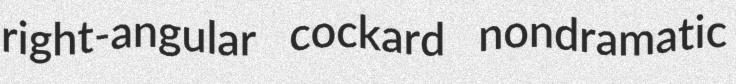
right-angular cockard nondramatic